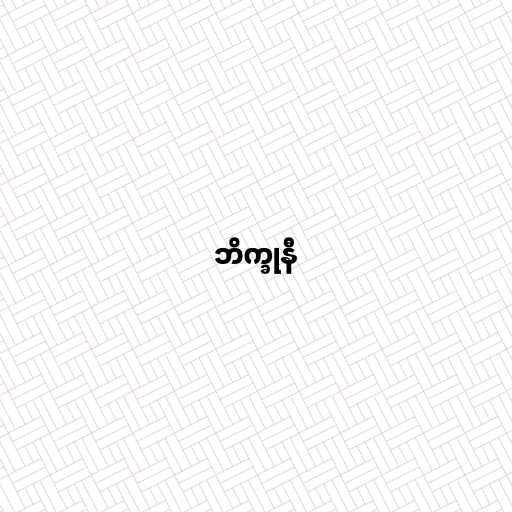
ဘိက္ခုနီ